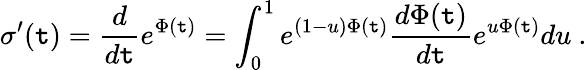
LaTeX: \sigma^{\prime}(\mathtt{t})={\frac{{d}}{{d\mathtt{t}}}}e^{\Phi(\mathtt{t})}=\int_{0}^{1}e^{(1-u)\Phi(\mathtt{t})}{\frac{{d\Phi(\mathtt{t})}}{{d\mathtt{t}}}}e^{u\Phi(\mathtt{t})}du\ .